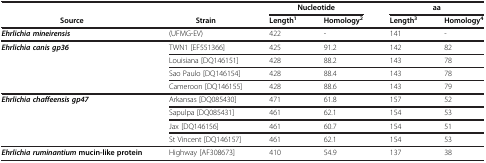
<table><thead><tr><td><b> </b></td><td><b> </b></td><td colspan="2"><b>Nucleotide</b></td><td colspan="2"><b>aa</b></td></tr><tr><td><b>Source</b></td><td><b>Strain</b></td><td><b>Length<sup>1</sup></b></td><td><b>Homology<sup>2</sup></b></td><td><b>Length<sup>3</sup></b></td><td><b>Homology<sup>4</sup></b></td></tr></thead><tbody><tr><td><b><i>Ehrlichia mineirensis</i></b></td><td>(UFMG-EV)</td><td>422</td><td>-</td><td>141</td><td>-</td></tr><tr><td rowspan="4"><b><i>Ehrlichia canis gp36</i></b></td><td>TWN1 [EF551366]</td><td>425</td><td>91.2</td><td>142</td><td>82</td></tr><tr><td>Louisiana [DQ146151]</td><td>428</td><td>88.2</td><td>143</td><td>78</td></tr><tr><td>Sao Paulo [DQ146154]</td><td>428</td><td>88.4</td><td>143</td><td>78</td></tr><tr><td>Cameroon [DQ146155]</td><td>428</td><td>88.6</td><td>143</td><td>79</td></tr><tr><td rowspan="4"><b><i>Ehrlichia chaffeensis gp47</i></b></td><td>Arkansas [DQ085430]</td><td>471</td><td>61.8</td><td>157</td><td>52</td></tr><tr><td>Sapulpa [DQ085431]</td><td>461</td><td>62.1</td><td>154</td><td>53</td></tr><tr><td>Jax [DQ146156]</td><td>461</td><td>60.7</td><td>154</td><td>51</td></tr><tr><td>St Vincent [DQ146157]</td><td>461</td><td>62.1</td><td>154</td><td>53</td></tr><tr><td><b><i>Ehrlichia ruminantium </i></b><b>mucin-like protein</b></td><td>Highway [AF308673]</td><td>410</td><td>54.9</td><td>137</td><td>38</td></tr></tbody></table>